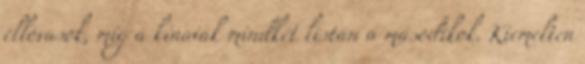
éllovasok, míg a kínaiak mindkét listán a másodikok. Kiemelten